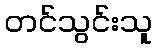
တင်သွင်းသူ